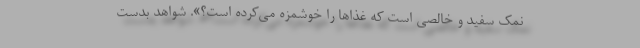
نمک سفید و خالصی است که غذا‌ها را خوشمزه می‌کرده است؟». شواهد بدست